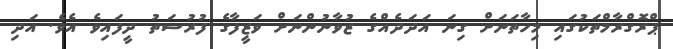
ޕްރޮގްރާމްތަކުގައި މިހާތަނަށް ގިނަ އަދަދެއްގެ ޒުވާނުންނަށް ވަޒީފާގެ ފުރުސަތު ދީފައިވެ އެވެ. އަދި